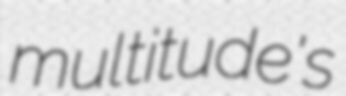
multitude's